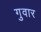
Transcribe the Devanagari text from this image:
गुवार